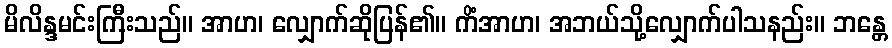
မိလိန္ဒမင်းကြီးသည်။ အာဟ၊ လျှောက်ဆိုပြန်၏။ ကိံအာဟ၊ အဘယ်သို့လျှောက်ပါသနည်း။ ဘန္တေ